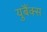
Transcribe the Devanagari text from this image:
युबैंक्स